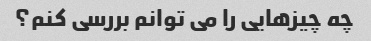
چه چیزهایی را می توانم بررسی کنم؟